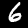
Label: 6